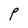
Character: P